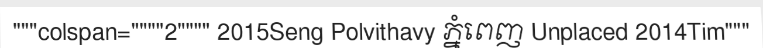
"""colspan=""""2"""" 2015Seng Polvithavy ភ្នំពេញ Unplaced 2014Tim"""